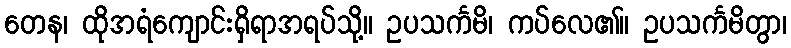
တေန၊ ထိုအရံကျောင်းရှိရာအရပ်သို့။ ဥပသင်္ကမိ၊ ကပ်လေ၏။ ဥပသင်္ကမိတွာ၊